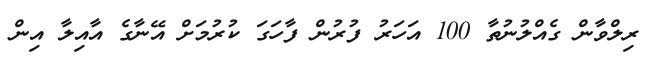
ރިލްވާން ގެއްލުނުތާ 100 އަހަރު ފުރުން ފާހަގަ ކުރުމަށް އޭނާގެ އާއިލާ އިން